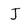
Character: J